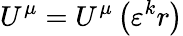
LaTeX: U^{\mu}=U^{\mu}\left(\varepsilon^{k}r\right)